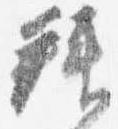
拝